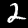
Digit: 2